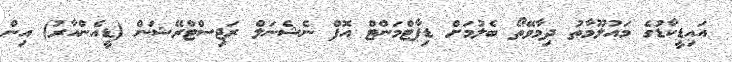
އައިޑީކާޑުގެ މައުލޫމާތު ދިމާވޭތޯ ބެލުމަށް ޑިޕާޓްމަންޓް އޮފް ނެޝެނަލް ރަޖިސްޓްރޭޝަން (ޑީއެންއާރު) އިން